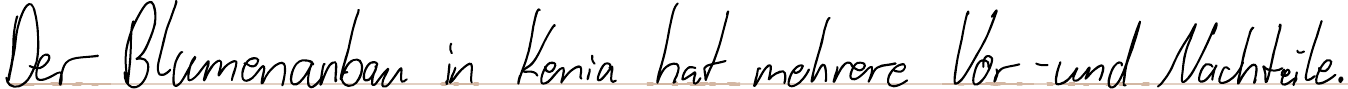
Der Blumenanbau in Kenia hat mehrere Vor- und Nachteile.